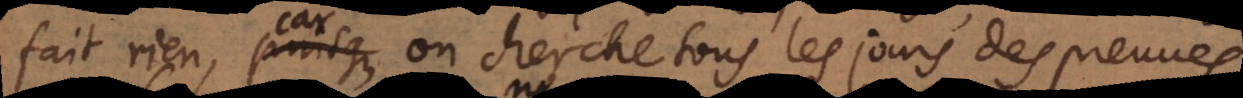
fait rien, car on cherche tous les jours des preuves